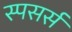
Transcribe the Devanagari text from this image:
स्पसर्स